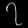
Digit: ၇